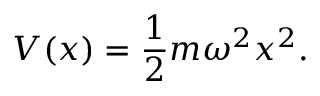
V ( x ) = { \frac { 1 } { 2 } } m \omega ^ { 2 } x ^ { 2 } .